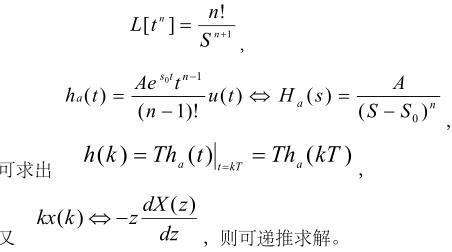
\[
\begin{align*}
L[t^n]&=\frac{n!}{S^{n + 1}},\\
h_a(t)&=\frac{Ae^{s_0t}t^{n - 1}}{(n - 1)!}u(t)\Leftrightarrow H_a(s)=\frac{A}{(S - S_0)^n},\\
\text{可求出}\quad h(k)&=\left.Th_a(t)\right|_{t = kT}=Th_a(kT),\\
\text{又}\quad kx(k)&\Leftrightarrow -z\frac{dX(z)}{dz},\quad \text{则可递推求解。}
\end{align*}
\]